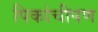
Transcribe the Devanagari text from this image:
पिकांचीपण